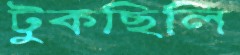
টুকছিলি